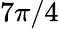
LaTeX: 7\pi/4